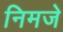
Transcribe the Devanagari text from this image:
निमजे